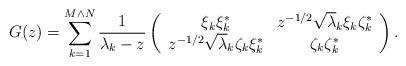
LaTeX: \begin{align*}G(z) = \sum_{k=1}^{M \wedge N} \frac{1}{\lambda_k-z} \left( {\begin{array}{*{20}c} { \xi_k \xi^*_k} & z^{-1/2} \sqrt{\lambda}_k \xi_k \zeta_k^* \\ z^{-1/2} \sqrt{\lambda}_k \zeta_k \xi_k^* & \zeta_{k} \zeta_{k}^* \\\end{array}} \right).\end{align*}